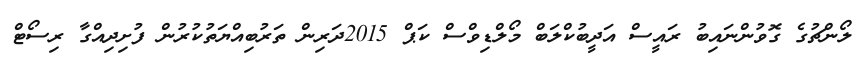
ލޯންޗުގެ ގޮވުންނައިބު ރައީސް އަދީބުކްލަބް މޯލްޑިވްސް ކަޕް 2015ދަރިން ތަރުބިއްޔަތުކުރުން ފުށިދިއްގާ ރިސޯޓް